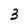
Character: 3